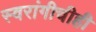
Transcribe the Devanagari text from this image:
स्वरांगीचीही